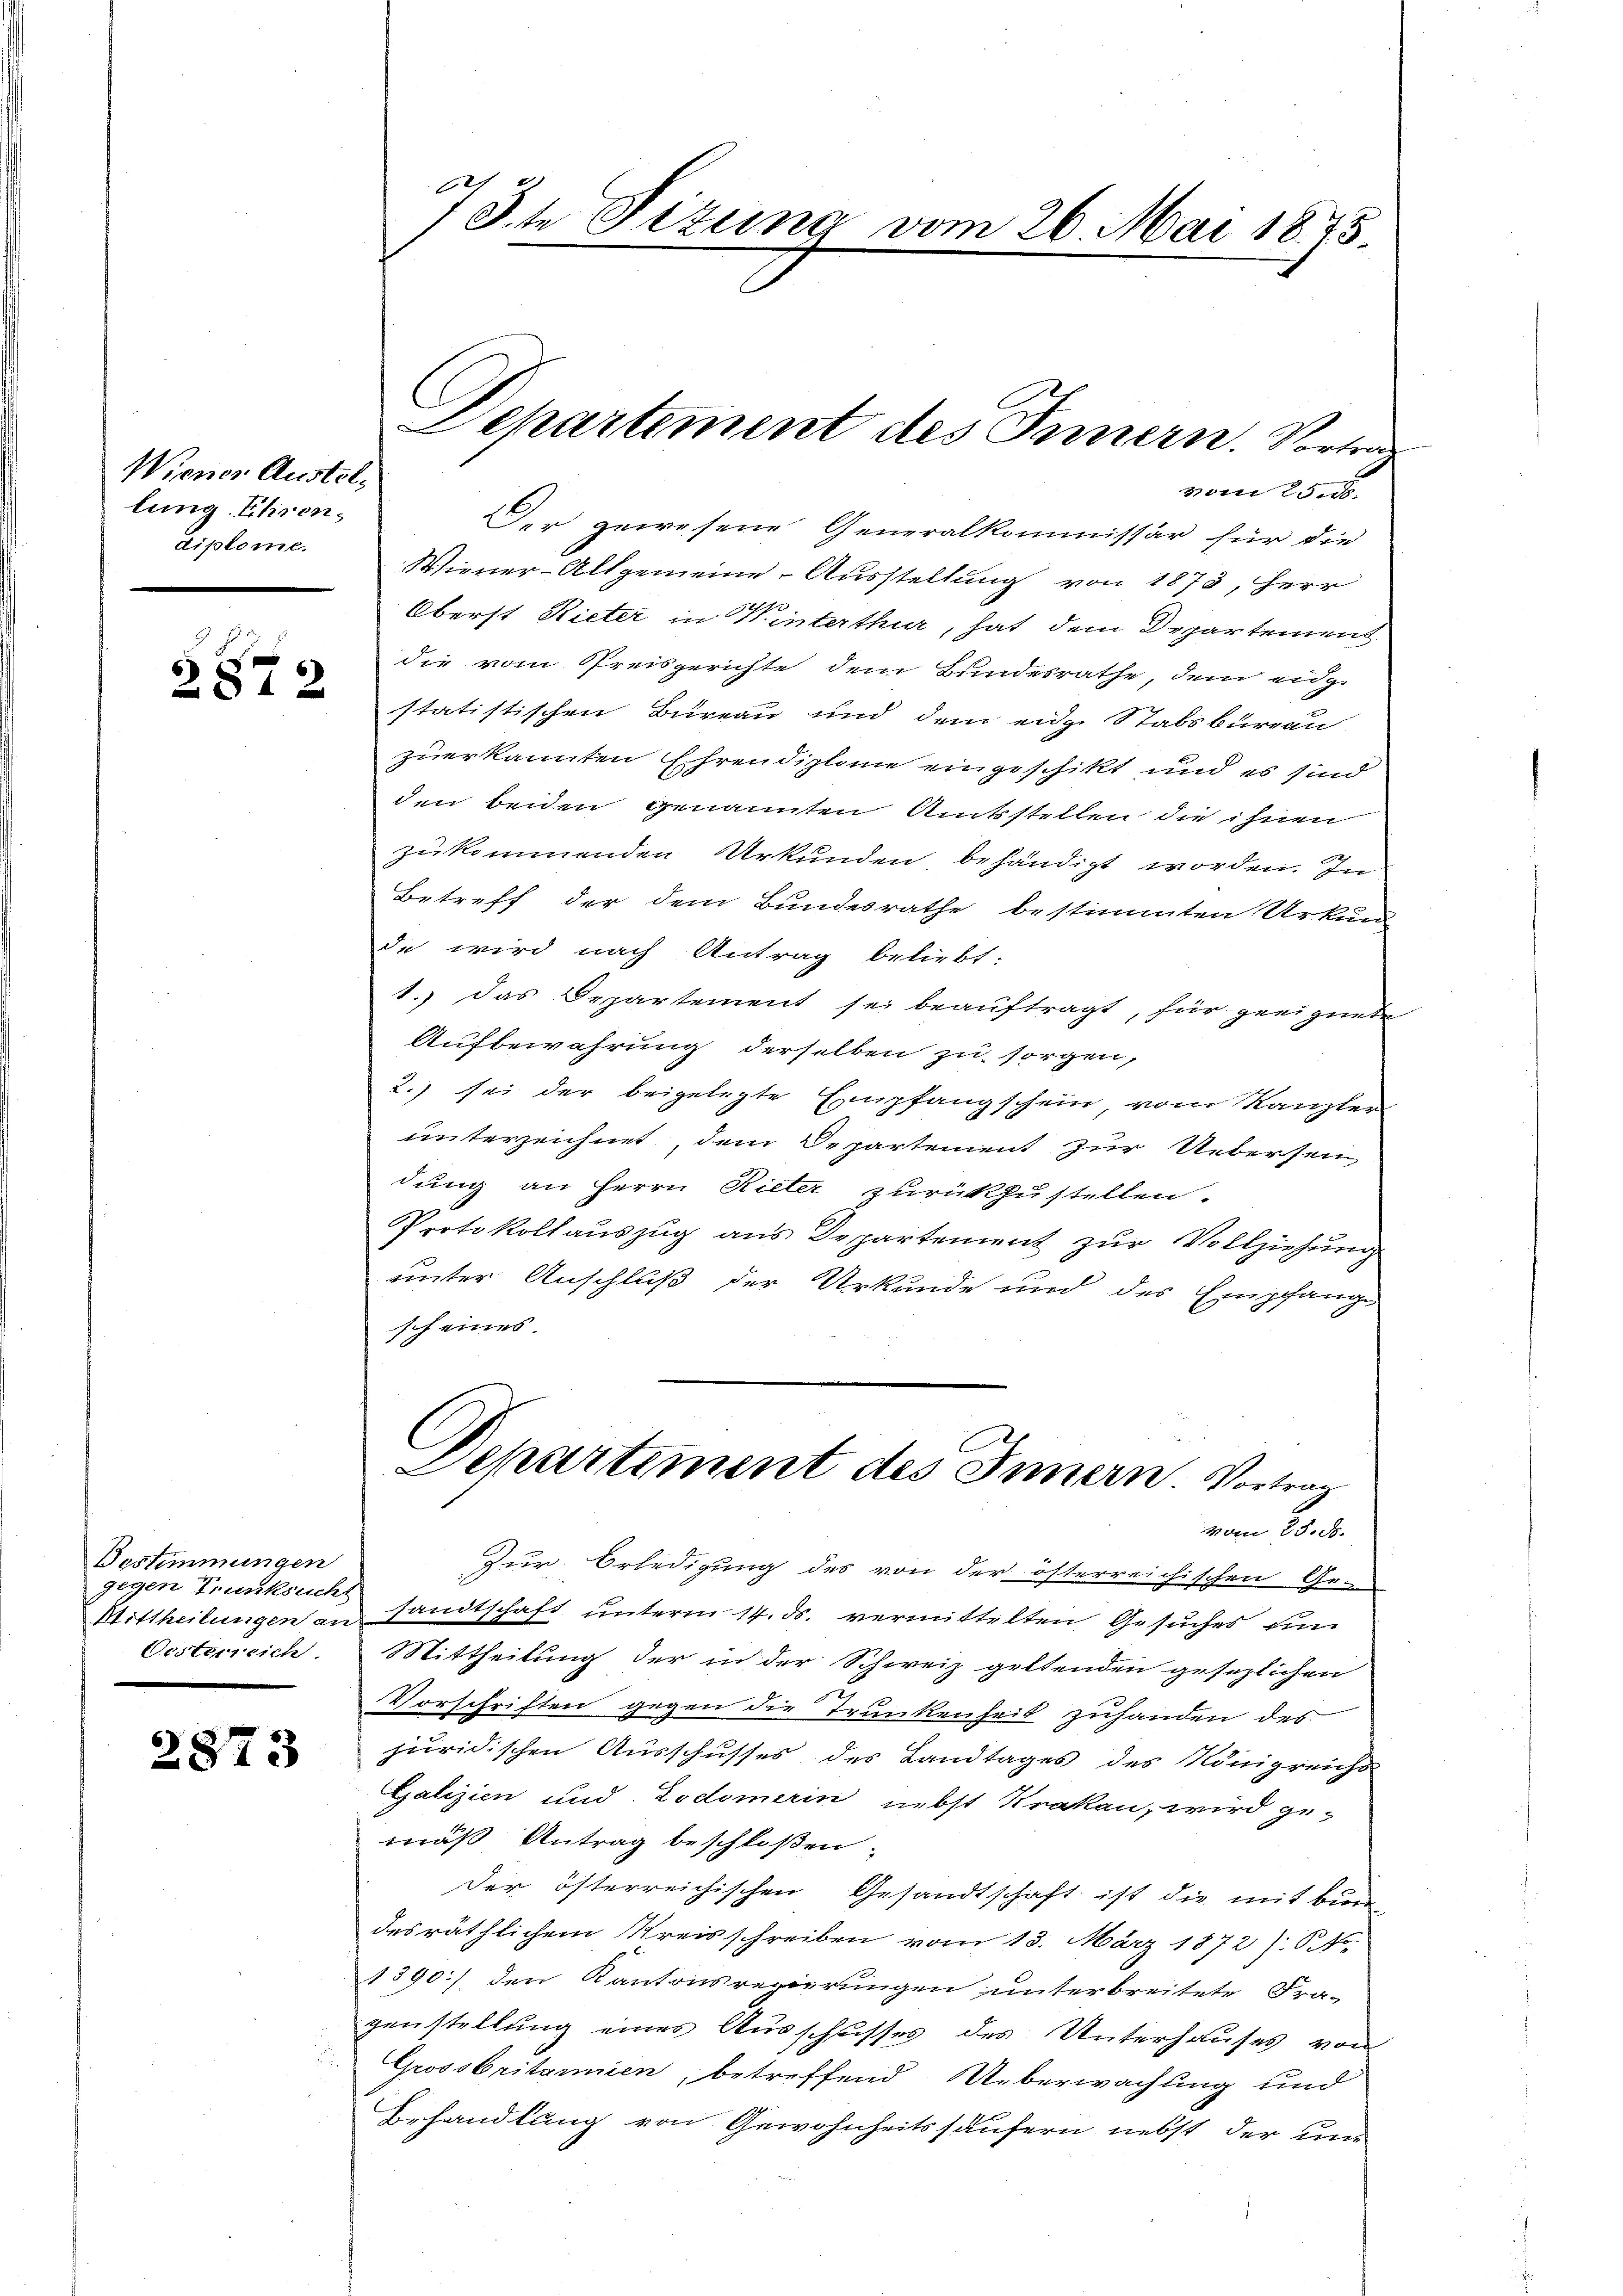
Wiener Austellung Ehrendiplome.

2872

Bestimmungen
gegen Trunksucht
Oesterreich.

2873

.

x
3te Sizung vom 26. Mai 1875.

Der gewesene Generalkommissär für die
Wiener-Allgemeine Ausstellung von 1873, Herr
Oberst Rieter in Winterthur, hat dem Departement
die vom Preisgerichte dem Bundesrathe, dem eidge
statistischen Büreau und dem eige Stabsbureau
zuerkannten Ehrendiplome eingeschikt und es sind
den beiden genannten Amtsstellen die ihnen
zukommenden Urkunden, behändigt worden. In
Betreff der dem Bundesrathe bestimmten Urkun
de wird nach Antrag beliebt:
1.) Das Departement sei beauftragt, für geeignete
Aufbewahrung derselben zu sorgen,
2.) sei der beigelegte Empfangschein, vom Kanzlen
unterzeichnet, dem Departement zur Uebersen
dung an Herrn Rieter zurükzustellen.
Protokollauszug aus Departement zur Vollziehung
unter Anschluß der Urkunde und des Empfange
sch eines
Departiment des Innern. Vortrag
vom 25. d.
Zur Erledigung des von der österreichischen Ge-
Wittheilungen an sandtschaft unterm 14. ds. vermittelten Gesuches un
Mittheilung der in der Schweiz geltenden gesezlichen
Vorschriften gegen die Trunkenheit zuhanden des
juridischen Ausschusses des Landtages des Königreichs
Galizien und Zodomerin nebst Krakau, wird ge-
mäß Antrag beschloßen:
der österreichischen Gesandtschaft ist die mit ke
desräthlichem Kreisschreiben vom 13. März 1872) S. No-
1390] den Kantonsregierungen unterbreitete Fra-
genstellung eines Ausschusses des Unterhauses von
Grossbritannien, betreffend Ueberwachung und
Behandlung von Gewohnheitshäufern nebst der un¬

Departement des Innern. Vortrag
vom 25.5.